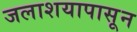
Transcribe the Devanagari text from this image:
जलाशयापासून